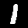
Label: 1